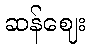
ဆန်ဈေး